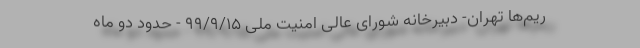
ریم‌ها تهران- دبیرخانه شورای عالی امنیت ملی ۹۹/۹/۱۵ - حدود دو ماه